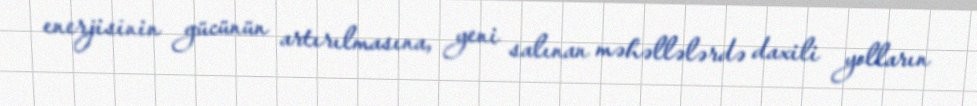
enerjisinin gücünün artırılmasına, yeni salınan məhəllələrdə daxili yolların